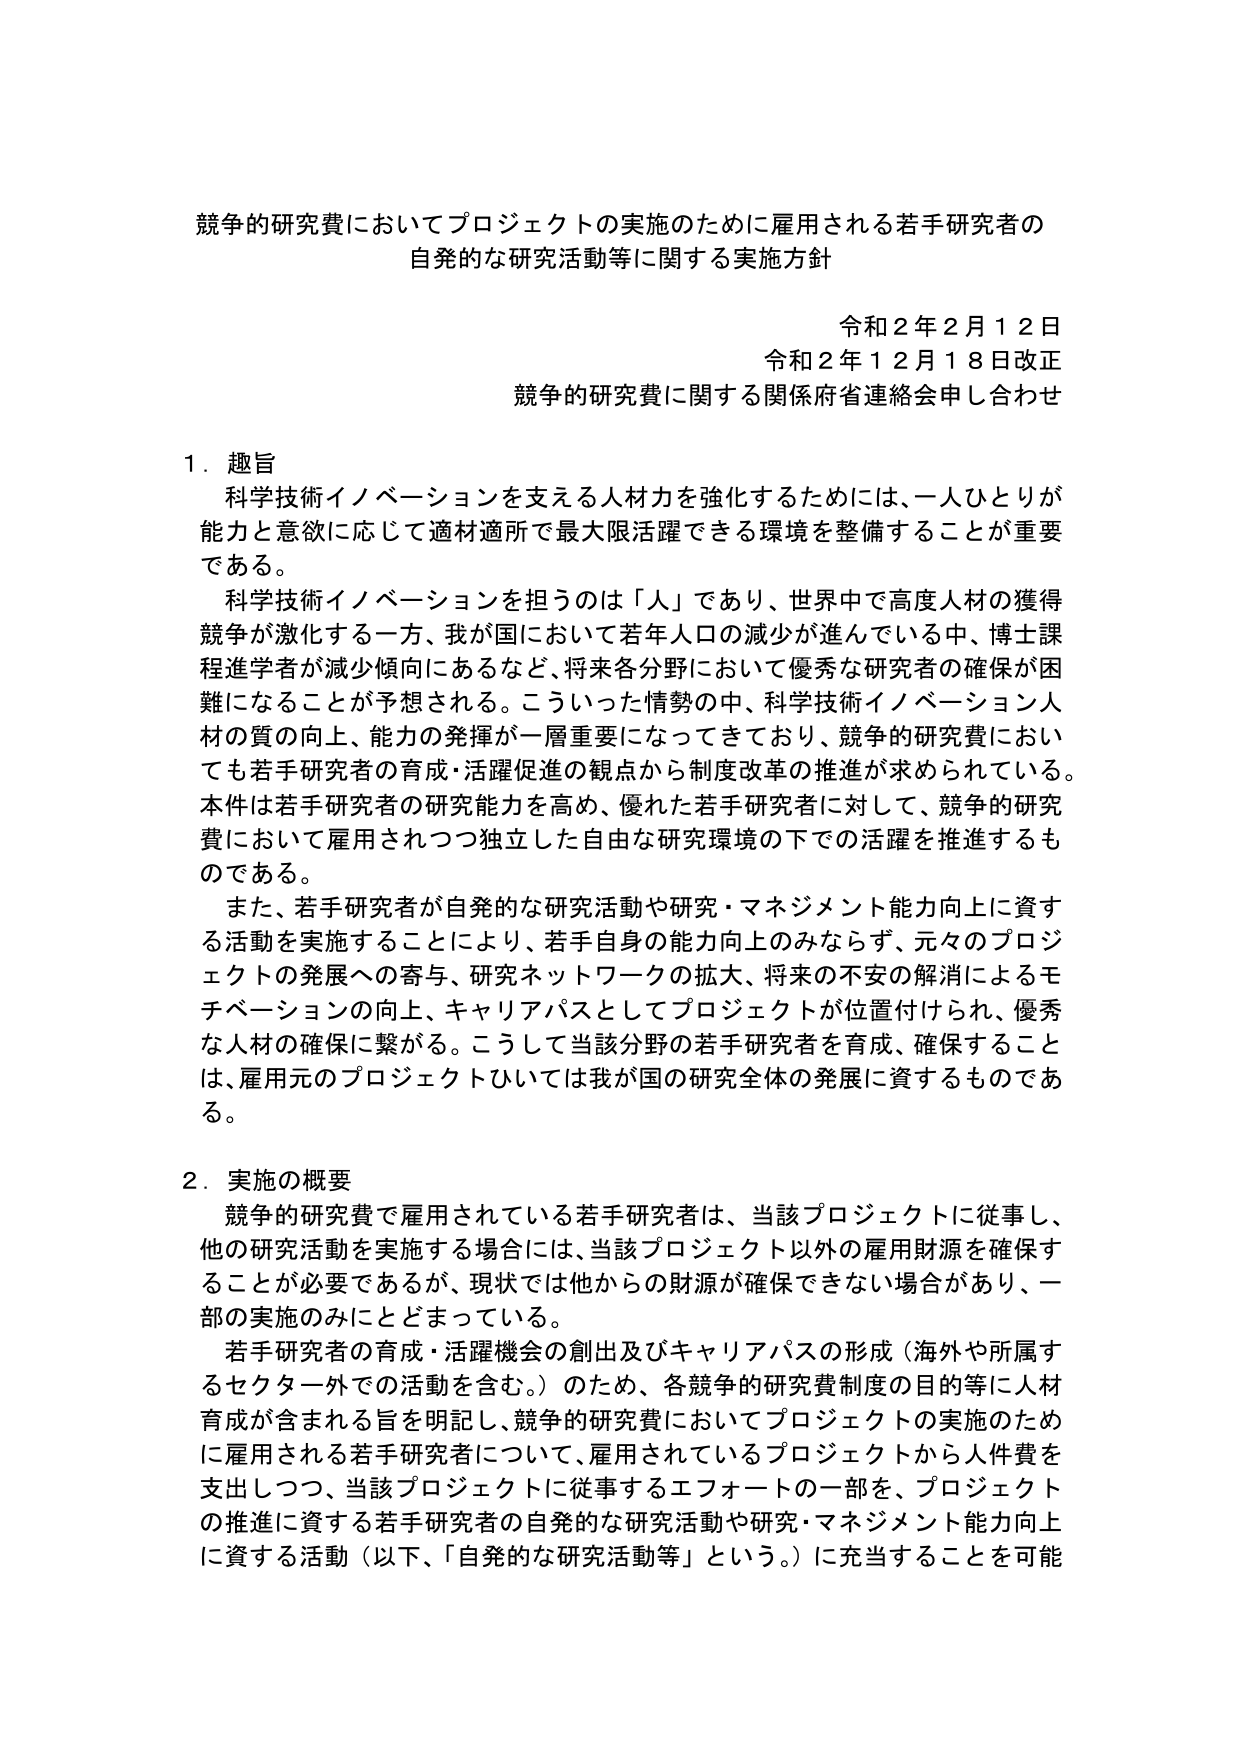
競争的研究費においてプロジェクトの実施のために雇用される若手研究者の
自発的な研究活動等に関する実施方針

令和２年２月１２日
令和２年１２月１８日改正
競争的研究費に関する関係府省連絡会申し合わせ

１．趣旨
　科学技術イノベーションを支える人材を強化するためには、一人ひとりが
能力と意欲に応じて適材適所で最大限活躍できる環境を整備することが重要
である。
　科学技術イノベーションを担うのは「人」であり、世界中で高度人材の獲得
競争が激化する一方、我が国において若年人口の減少が進んでいる中、博士課
程進学者が減少傾向にあるなど、将来各分野において優秀な研究者の確保が困
難になることが予想される。こういった情勢の中、科学技術イノベーション人
材の質の向上、能力の発揮が一層重要になってきており、競争的研究費におい
ても若手研究者の育成・活躍促進の観点から制度改革の推進が求められている。
本件は若手研究者の研究能力を高め、優れた若手研究者に対して、競争的研究
費において雇用されつつ独立した自由な研究環境の下での活躍を推進するも
のである。
　また、若手研究者が自発的な研究活動や研究・マネジメント能力向上に資す
る活動を実施することにより、若手自身の能力向上のみならず、元々のプロジェ
クトの発展への寄与、研究ネットワークの拡大、将来の不安の解消によるモ
チベーションの向上、キャリアパスとしてプロジェクトが位置付けられ、優秀
な人材の確保に繋がる。こうして当該分野の若手研究者を育成、確保すること
は、雇用元のプロジェクトひいては我が国の研究全体の発展に資するものであ
る。

２．実施の概要
　競争的研究費で雇用されている若手研究者は、当該プロジェクトに従事し、
他の研究活動を実施する場合には、当該プロジェクト以外の雇用財源を確保す
ることが必要であるが、現状では他からの財源が確保できない場合があり、一
部の実施のみにとどまっている。
　若手研究者の育成・活躍機会の創出及びキャリアパスの形成（海外や所属す
るセクター外での活動を含む。）のため、各競争的研究費制度の目的等に人材
育成が含まれる旨を明記し、競争的研究費においてプロジェクトの実施のため
に雇用される若手研究者について、雇用されているプロジェクトから人件費を
支出しつつ、当該プロジェクトに従事するエフォートの一部を、プロジェクト
の推進に資する若手研究者の自発的な研究活動や研究・マネジメント能力向上
に資する活動（以下、「自発的な研究活動等」という。）に充当することを可能